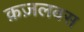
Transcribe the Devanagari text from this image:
क़ज़लबस